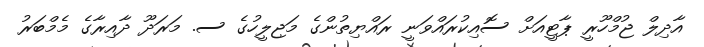
އާދިލް ޖުމްހޫރީ ޕާޓީއަށް ސޮއިިކުރައްވަނީ ރައްޔިތުންގެ މަޖިލީހުގެ ސ. މަރަދޫ ދާއިރާގެ މެމްބަރު